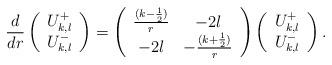
LaTeX: \begin{align*}\frac{d}{dr}\left( \begin{array}{c}U^{+}_{k,l}\\U^{-}_{k,l}\end{array} \right)=\left( \begin{array}{cc}\frac{(k-\frac{1}{2})}{r}& -2l\\-2l & -\frac{(k+\frac{1}{2})}{r}\end{array} \right)\left( \begin{array}{c}U^{+}_{k,l}\\U^-_{k,l}\end{array} \right).\end{align*}